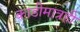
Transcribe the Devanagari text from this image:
काडीमात्रही